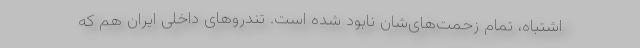
اشتباه، تمام زحمت‌های‌شان نابود شده است. تندروهای داخلی ایران هم که